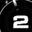
Digit: 2